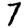
Digit: 7